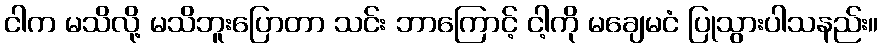
ငါက မသိလို့ မသိဘူးပြောတာ သင်း ဘာကြောင့် ငါ့ကို မချေမငံ ပြုသွားပါသနည်း။